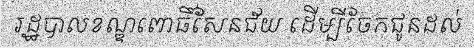
រដ្ឋបាលខណ្ឌពោធិ៍សែនជ័យ ដើម្បីចែកជូនដល់